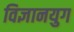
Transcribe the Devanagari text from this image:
विज्ञानयुग